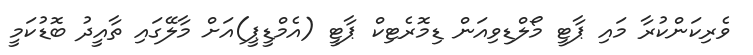
ވެރިކަންކުރާ މައި ޕާޓީ މޯލްޑިވިއަން ޑިމޮރެޓިކް ޕާޓީ (އެމްޑީޕީ)އަށް މާލޭގައި ތާއީދު ބޮޑުކަމީ